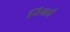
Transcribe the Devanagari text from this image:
निग्रहो